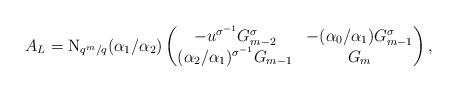
LaTeX: \begin{align*}A_L = \mathrm{N}_{q^m/q}(\alpha_1/ \alpha_2)\begin{pmatrix} -u^{\sigma^{-1}}G_{m-2}^{\sigma} & -(\alpha_0/\alpha_1)G^\sigma_{m-1}\\(\alpha_2/\alpha_1)^{\sigma^{-1}}G_{m-1} & G_m\end{pmatrix},\end{align*}